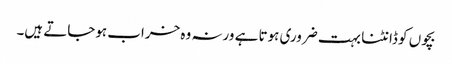
بچوں کو ڈانٹنا بہت ضروری ہوتا ہے ورنہ وہ خراب ہوجاتے ہیں۔